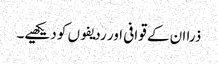
ذرا ان کے قوافی اور ردیفوں کو دیکھیے۔